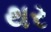
થર